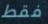
فقط